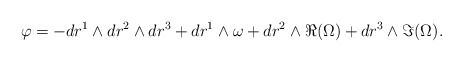
\begin{align*} \varphi = -dr^1 \wedge dr^2 \wedge dr^3 + dr^1 \wedge \omega + dr^2 \wedge \Re (\Omega) + dr^3 \wedge \Im (\Omega).\end{align*}